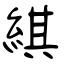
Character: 綨